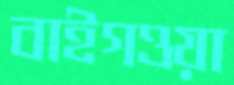
বাইগওয়া